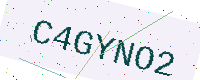
Text: C4GYNO2